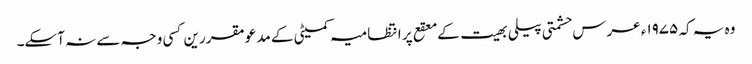
وہ یہ کہ ۱۹۷۵ء عرس حشمتی پیلی بھیت کے معقع پر انتظامیہ کمیٹی کے مدعو مقررین کسی وجہ سے نہ آسکے۔